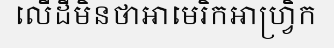
លើដីមិនថាអាមេរិកអាហ្វ្រិក